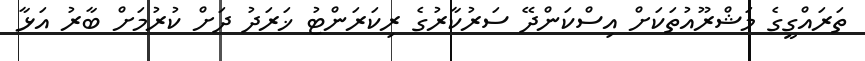
ތަރައްގީގެ މަޝްރޫއުތަކަށް އިސްކަންދޭ ސަރުކާރުގެ ރިކަރަންޓު ޚަރަދު ދަށް ކުރުމަށް ބާރު އަޅާ